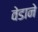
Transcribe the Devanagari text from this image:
वेडाने